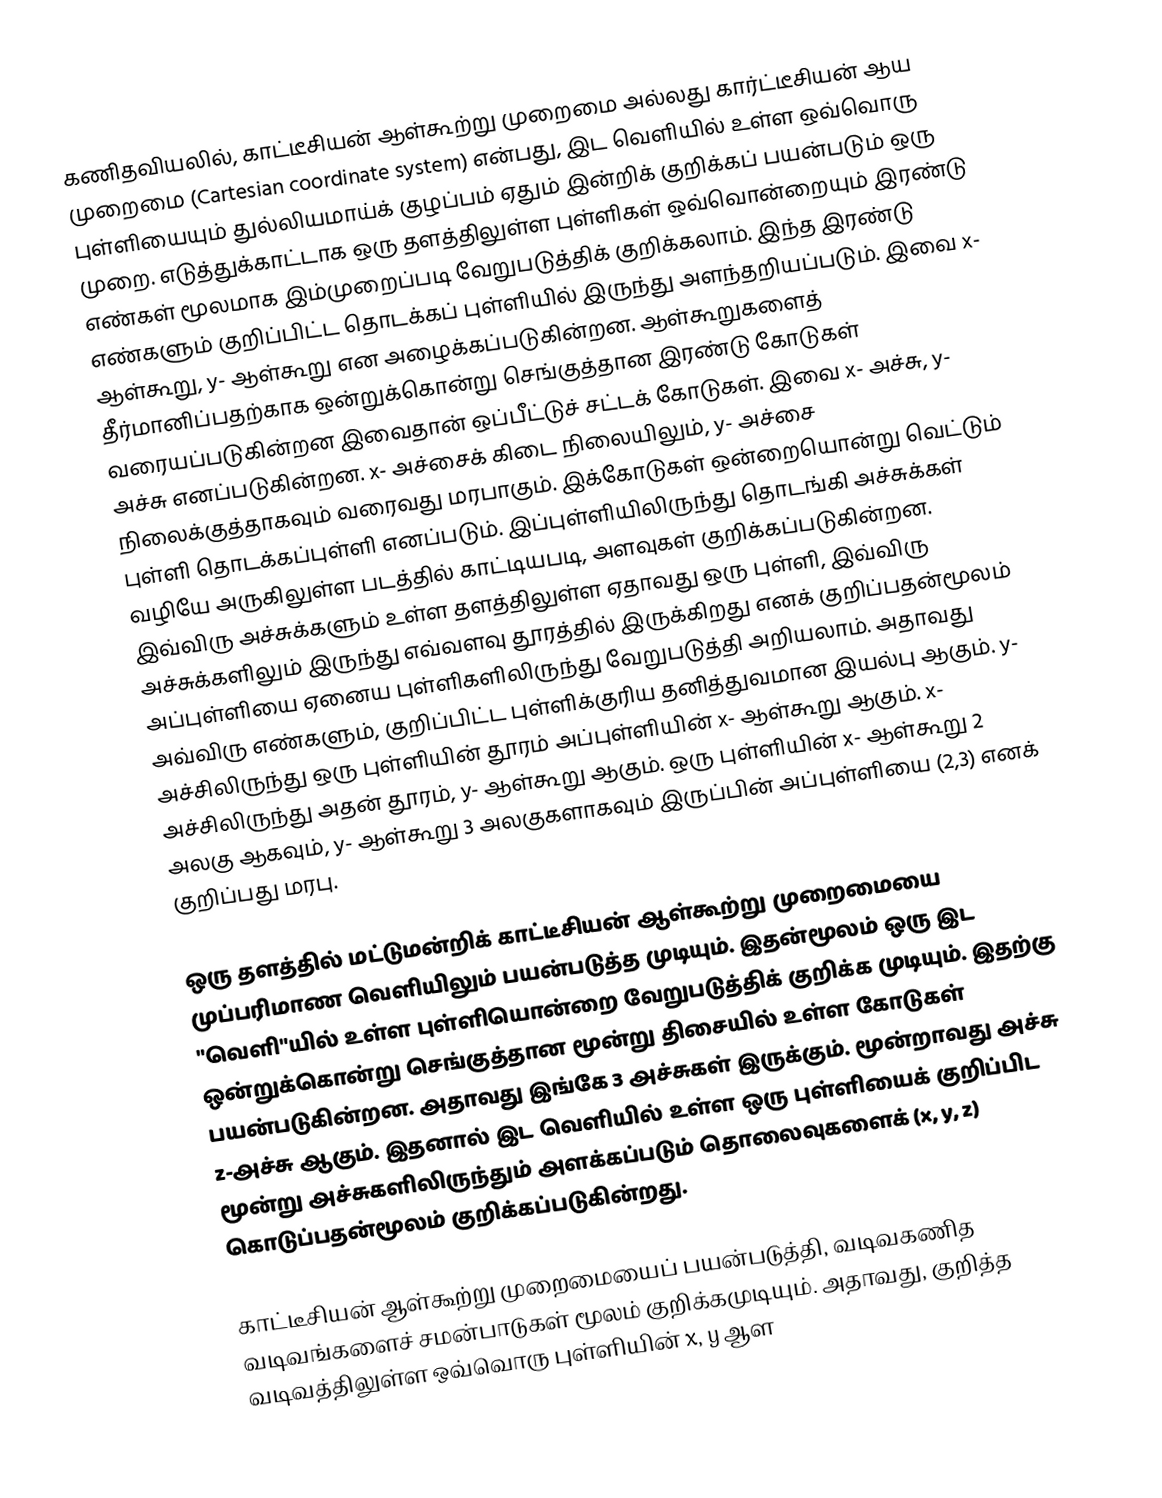
கணிதவியலில், காட்டீசியன் ஆள்கூற்று முறைமை அல்லது கார்ட்டீசியன் ஆய முறைமை (Cartesian coordinate system) என்பது, இட வெளியில் உள்ள ஒவ்வொரு புள்ளியையும் துல்லியமாய்க் குழப்பம் ஏதும் இன்றிக் குறிக்கப் பயன்படும் ஒரு முறை. எடுத்துக்காட்டாக ஒரு தளத்திலுள்ள புள்ளிகள் ஒவ்வொன்றையும் இரண்டு எண்கள் மூலமாக இம்முறைப்படி வேறுபடுத்திக் குறிக்கலாம். இந்த இரண்டு எண்களும் குறிப்பிட்ட தொடக்கப் புள்ளியில் இருந்து அளந்தறியப்படும். இவை x- ஆள்கூறு, y- ஆள்கூறு என அழைக்கப்படுகின்றன. ஆள்கூறுகளைத் தீர்மானிப்பதற்காக ஒன்றுக்கொன்று செங்குத்தான இரண்டு கோடுகள் வரையப்படுகின்றன இவைதான் ஒப்பீட்டுச் சட்டக் கோடுகள். இவை x- அச்சு, y- அச்சு எனப்படுகின்றன. x- அச்சைக் கிடை நிலையிலும், y- அச்சை நிலைக்குத்தாகவும் வரைவது மரபாகும். இக்கோடுகள் ஒன்றையொன்று வெட்டும் புள்ளி தொடக்கப்புள்ளி எனப்படும். இப்புள்ளியிலிருந்து தொடங்கி அச்சுக்கள் வழியே அருகிலுள்ள படத்தில் காட்டியபடி, அளவுகள் குறிக்கப்படுகின்றன. இவ்விரு அச்சுக்களும் உள்ள தளத்திலுள்ள ஏதாவது ஒரு புள்ளி, இவ்விரு அச்சுக்களிலும் இருந்து எவ்வளவு தூரத்தில் இருக்கிறது எனக் குறிப்பதன்மூலம் அப்புள்ளியை ஏனைய புள்ளிகளிலிருந்து வேறுபடுத்தி அறியலாம். அதாவது அவ்விரு எண்களும், குறிப்பிட்ட புள்ளிக்குரிய தனித்துவமான இயல்பு ஆகும். y- அச்சிலிருந்து ஒரு புள்ளியின் தூரம் அப்புள்ளியின்  x- ஆள்கூறு ஆகும். x- அச்சிலிருந்து அதன் தூரம்,  y- ஆள்கூறு ஆகும். ஒரு புள்ளியின் x- ஆள்கூறு 2 அலகு ஆகவும், y- ஆள்கூறு 3 அலகுகளாகவும் இருப்பின் அப்புள்ளியை (2,3) எனக் குறிப்பது மரபு.

ஒரு தளத்தில் மட்டுமன்றிக் காட்டீசியன் ஆள்கூற்று முறைமையை முப்பரிமாண வெளியிலும் பயன்படுத்த முடியும். இதன்மூலம் ஒரு இட "வெளி"யில் உள்ள புள்ளியொன்றை வேறுபடுத்திக் குறிக்க முடியும். இதற்கு ஒன்றுக்கொன்று செங்குத்தான மூன்று திசையில் உள்ள கோடுகள் பயன்படுகின்றன. அதாவது இங்கே 3 அச்சுகள் இருக்கும். மூன்றாவது அச்சு z-அச்சு ஆகும். இதனால் இட வெளியில் உள்ள ஒரு புள்ளியைக் குறிப்பிட மூன்று அச்சுகளிலிருந்தும் அளக்கப்படும் தொலைவுகளைக் (x, y, z) கொடுப்பதன்மூலம் குறிக்கப்படுகின்றது.

காட்டீசியன் ஆள்கூற்று முறைமையைப் பயன்படுத்தி, வடிவகணித வடிவங்களைச் சமன்பாடுகள் மூலம் குறிக்கமுடியும். அதாவது, குறித்த வடிவத்திலுள்ள ஒவ்வொரு புள்ளியின் x, y ஆள